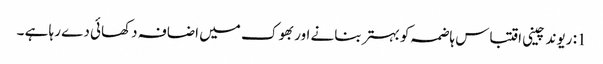
1: ریوند چینی اقتباس ہاضمہ کو بہتر بنانے اور بھوک میں اضافہ دکھائی دے رہا ہے ۔